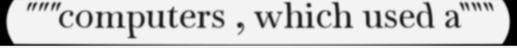
"""computers , which used a"""